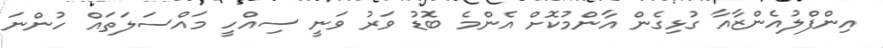
އިންފްލުއެންޒާއާ ގުޅިގެން އާންމުކޮށް އެންމެ ބޮޑު ވަރު ވަނީ ސިއްހީ މައްސަލަތައް ހުންނަ